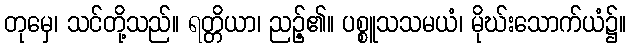
တုမှေ၊ သင်တို့သည်။ ရတ္တိယာ၊ ညဉ့်၏။ ပစ္စူသသမယံ၊ မိုဃ်းသောက်ယံ၌။